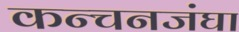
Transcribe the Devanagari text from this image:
कन्चनजंघा